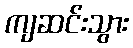
ကျဆင်းသွား